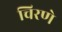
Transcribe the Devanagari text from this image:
चिरणे